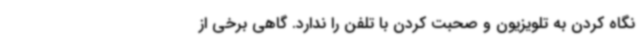
نگاه ‌کردن به تلویزیون و صحبت کردن با تلفن را ندارد. گاهی برخی از